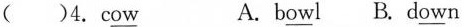
（）4.c\underline{ow} A.b